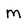
Character: M